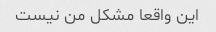
این واقعا مشکل من نیست